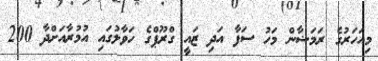
މިއަހަރުގެ ރަމަޟާން މަހު ސަފާ އަދި ޒައީ ގްރޫޕްގެ ހަވާލުގައި އުމުރާއަށްދާ 200